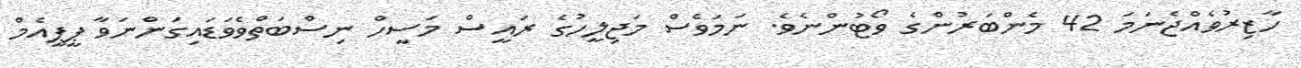
ހާޒިރުވެއްޖެނަމަ 42 މެންބަރުންގެ ވޯޓުންނެވެ. ނަމަވެސް މަޖިލީހުގެ ރައީސް މަސީހް ނިސްބަތްވެވަޑައިގަންނަވާ ޕީޕީއެމް